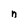
Character: n